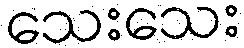
သေးသေး